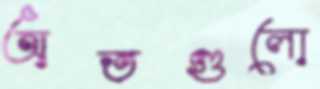
অতগুলো